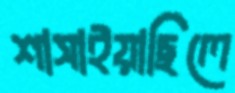
শাসাইয়াছিলে